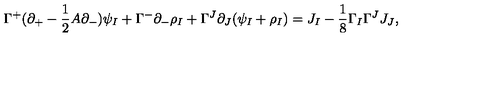
\Gamma ^ { + } ( \partial _ { + } - \frac { 1 } { 2 } A \partial _ { - } ) \psi _ { I } + \Gamma ^ { - } \partial _ { - } \rho _ { I } + \Gamma ^ { J } \partial _ { J } ( \psi _ { I } + \rho _ { I } ) = J _ { I } - \frac { 1 } { 8 } \Gamma _ { I } \Gamma ^ { J } J _ { J } ,